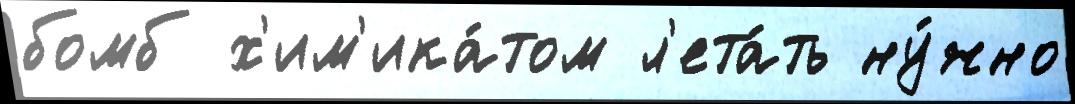
бомб х'им'ика́том л'ета́ть ну́жно